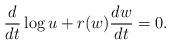
LaTeX: \begin{align*}\frac{d}{dt}\log u+r(w)\frac{dw}{dt}=0.\end{align*}